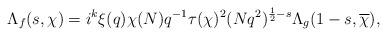
LaTeX: \begin{align*}\Lambda_f(s,\chi)=i^k\xi(q)\chi(N)q^{-1}\tau(\chi)^2(Nq^2)^{\frac12-s}\Lambda_g(1-s,\overline{\chi}),\end{align*}